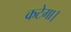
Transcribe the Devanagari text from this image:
कटेगा।